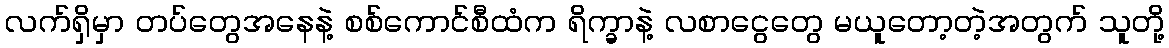
လက်ရှိမှာ တပ်တွေအနေနဲ့ စစ်ကောင်စီထံက ရိက္ခာနဲ့ လစာငွေတွေ မယူတော့တဲ့အတွက် သူတို့